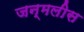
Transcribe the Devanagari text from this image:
जन्मलीस